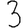
Digit: 3